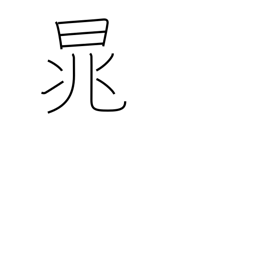
Meaning: proper name